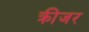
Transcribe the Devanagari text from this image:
क्रीजर